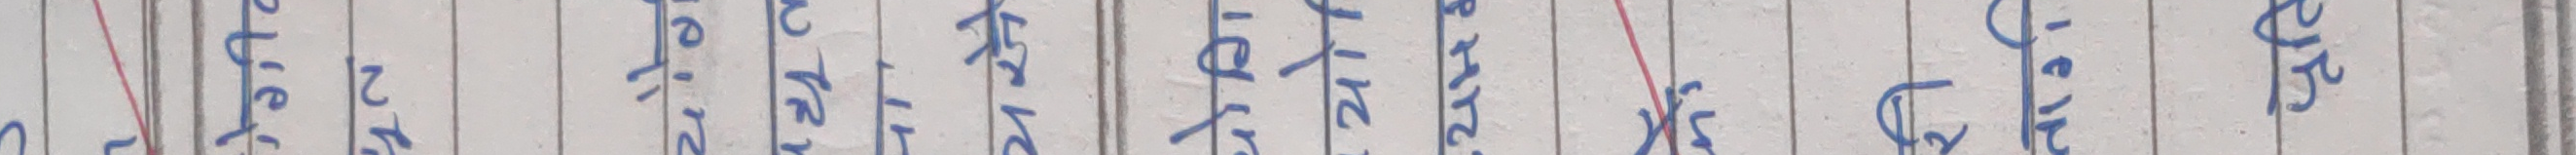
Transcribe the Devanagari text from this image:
L
रेगीव
Nh
2
योग
पद्यत
यसै
21
योगि
यो
• યમ કી
री
नार्ग
प्रति